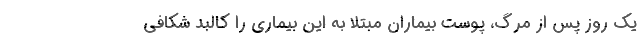
یک روز پس از مرگ، پوست بیماران مبتلا به این بیماری را کالبد شکافی